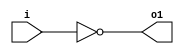
module invert(input wire i, output wire o1);
	assign o1 = !i;
endmodule